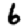
Digit: 6